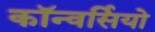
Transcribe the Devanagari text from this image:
कॉन्वर्सियो